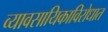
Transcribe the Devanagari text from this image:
व्यावसायिकाविरोधात